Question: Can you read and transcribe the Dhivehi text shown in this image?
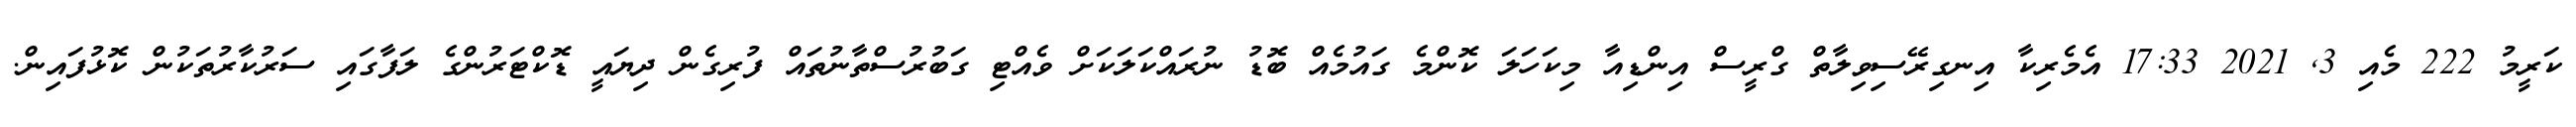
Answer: ކަރީމު 222 މެއި 3, 2021 17:33 އެމެރިކާ އިނގިރޭސިވިލާތް ގްރީސް އިންޑިއާ މިކަހަލަ ކޮންމެ ގައުމެއް ބޮޑު ނުރައްކަލަކަށް ވެއްޓި ގަބުރުސްތާނުތައް ފުރިގެން ދިޔައީ ޑޮކްޓަރުންގެ ލަފާގައި ސަރުކާރުތަކުން ކޮޅުފައިން.